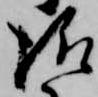
様